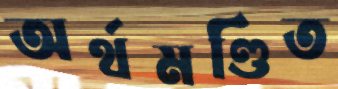
অর্থমণ্ডিত